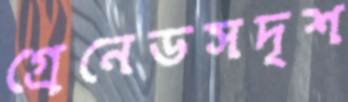
গ্রেনেডসদৃশ